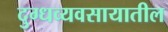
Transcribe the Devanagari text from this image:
दुग्धव्यवसायातील